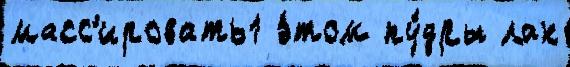
масс'ировать1 э́том пу́дры лак